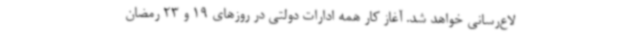
لاع‌رسانی خواهد شد. آغاز کار همه ادارات دولتی در روزهای 19 و 23 رمضان